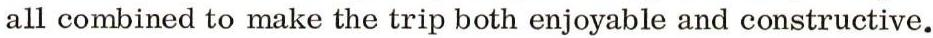
all combined to make the trip both enjoyable and constructive.